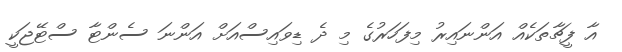
އާ ފީޗާތަކެއް އަންނައިރު މިފަހަރުގެ މި ދެ ޑިވައިސްއަށް އަންނަ ސެންޓާ ސްޓޭޖަކީ